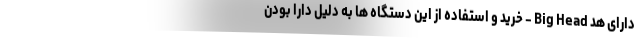
دارای هد Big Head - خرید و استفاده از این دستگاه ها به دلیل دارا بودن